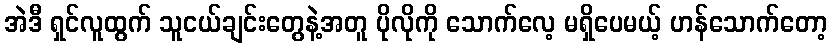
အဲဒီ ရှင်လူထွက် သူငယ်ချင်းတွေနဲ့အတူ ပိုလိုကို သောက်လေ့ မရှိပေမယ့် ဟန်သောက်တော့